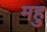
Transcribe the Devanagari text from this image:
महु